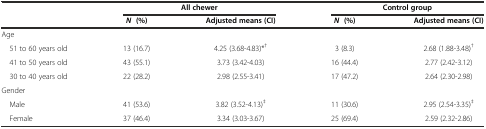
|  | <COLSPAN=2> All chewer | <COLSPAN=2> Control group |
 |  | N (%) | Adjusted means (CI) | N (%) | Adjusted means (CI) |
 | --- | --- | --- | --- | --- |
 | <COLSPAN=5> Age |
 | 51 to 60 years old | 13 (16.7) | 4.25 (3.68-4.83)*† | 3 (8.3) | 2.68 (1.88-3.48)† |
 | 41 to 50 years old | 43 (55.1) | 3.73 (3.42-4.03) | 16 (44.4) | 2.77 (2.42-3.12) |
 | 30 to 40 years old | 22 (28.2) | 2.98 (2.55-3.41) | 17 (47.2) | 2.64 (2.30-2.98) |
 | <COLSPAN=5> Gender |
 | Male | 41 (53.6) | 3.82 (3.52-4.13)‡ | 11 (30.6) | 2.95 (2.54-3.35)‡ |
 | Female | 37 (46.4) | 3.34 (3.03-3.67) | 25 (69.4) | 2.59 (2.32-2.86) |